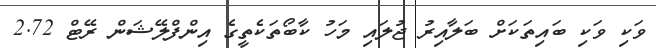
ވަކި ވަކި ބައިތަކަށް ބަލާއިރު ޖުލައި މަހު ކާބޯތަކެތީގެ އިންފްލޭޝަން ރޭޓް 2.72